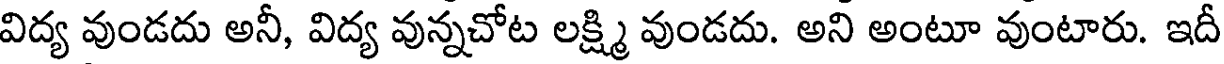
విద్య వుండదు అనీ, విద్య వున్నచోట లక్ష్మి వుండదు. అని అంటూ వుంటారు. ఇదీ